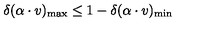
\delta ( \alpha \cdot v ) _ { \mathrm { m a x } } \leq 1 - \delta ( \alpha \cdot v ) _ { \mathrm { m i n } }